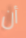
أن